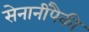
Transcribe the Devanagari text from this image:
सेनानींपैकी